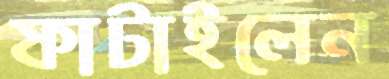
ফাটাইলেন